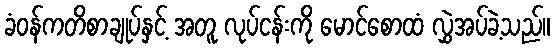
ခံဝန်ကတိစာချုပ်နှင့် အတူ လုပ်ငန်းကို မောင်စောထံ လွှဲအပ်ခဲ့သည်။